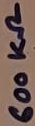
Text: 600KΩ